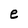
Character: e